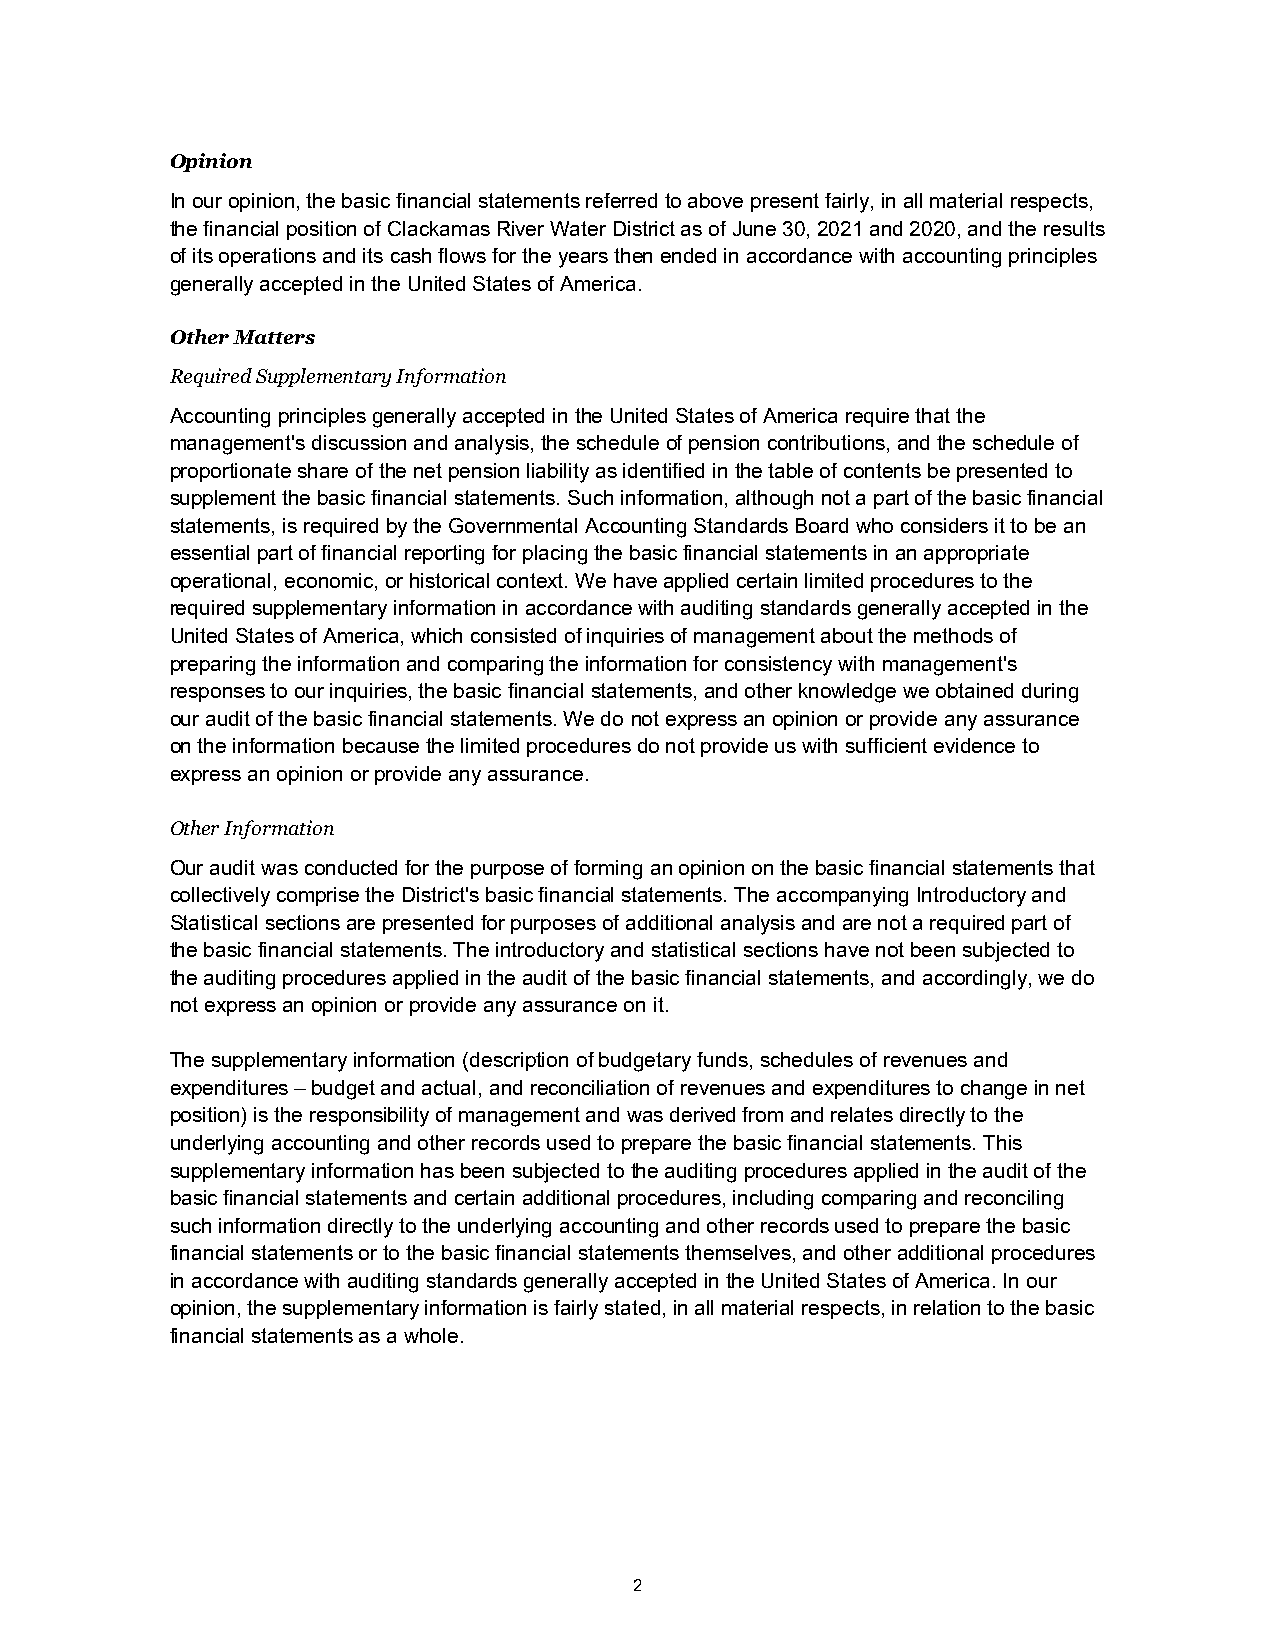
Opinion
 In our opinion, the basic financial statements referred to above present fairly, in all material respects,
 the financial position of Clackamas River Water District as of June 30, 2021 and 2020, and the results
 of its operations and its cash flows for the years then ended in accordance with accounting principles
 generally accepted in the United States of America.
 Other Matters
 Required Supplementary Information
 Accounting principles generally accepted in the United States of America require that the
 management's discussion and analysis, the schedule of pension contributions, and the schedule of
 proportionate share of the net pension liability as identified in the table of contents be presented to
 supplement the basic financial statements. Such information, although not a part of the basic financial
 statements, is required by the Governmental Accounting Standards Board who considers it to be an
 essential part of financial reporting for placing the basic financial statements in an appropriate
 operational, economic, or historical context. We have applied certain limited procedures to the
 required supplementary information in accordance with auditing standards generally accepted in the
 United States of America, which consisted of inquiries of management about the methods of
 preparing the information and comparing the information for consistency with management's
 responses to our inquiries, the basic financial statements, and other knowledge we obtained during
 our audit of the basic financial statements. We do not express an opinion or provide any assurance
 on the information because the limited procedures do not provide us with sufficient evidence to
 express an opinion or provide any assurance.
 Other Information
 Our audit was conducted for the purpose of forming an opinion on the basic financial statements that
 collectively comprise the District's basic financial statements. The accompanying Introductory and
 Statistical sections are presented for purposes of additional analysis and are not a required part of
 the basic financial statements. The introductory and statistical sections have not been subjected to
 the auditing procedures applied in the audit of the basic financial statements, and accordingly, we do
 not express an opinion or provide any assurance on it.
 The supplementary information (description of budgetary funds, schedules of revenues and
 expenditures – budget and actual, and reconciliation of revenues and expenditures to change in net
 position) is the responsibility of management and was derived from and relates directly to the
 underlying accounting and other records used to prepare the basic financial statements. This
 supplementary information has been subjected to the auditing procedures applied in the audit of the
 basic financial statements and certain additional procedures, including comparing and reconciling
 such information directly to the underlying accounting and other records used to prepare the basic
 financial statements or to the basic financial statements themselves, and other additional procedures
 in accordance with auditing standards generally accepted in the United States of America. In our
 opinion, the supplementary information is fairly stated, in all material respects, in relation to the basic
 financial statements as a whole.
 2